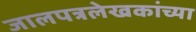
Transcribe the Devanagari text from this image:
जालपत्रलेखकांच्या